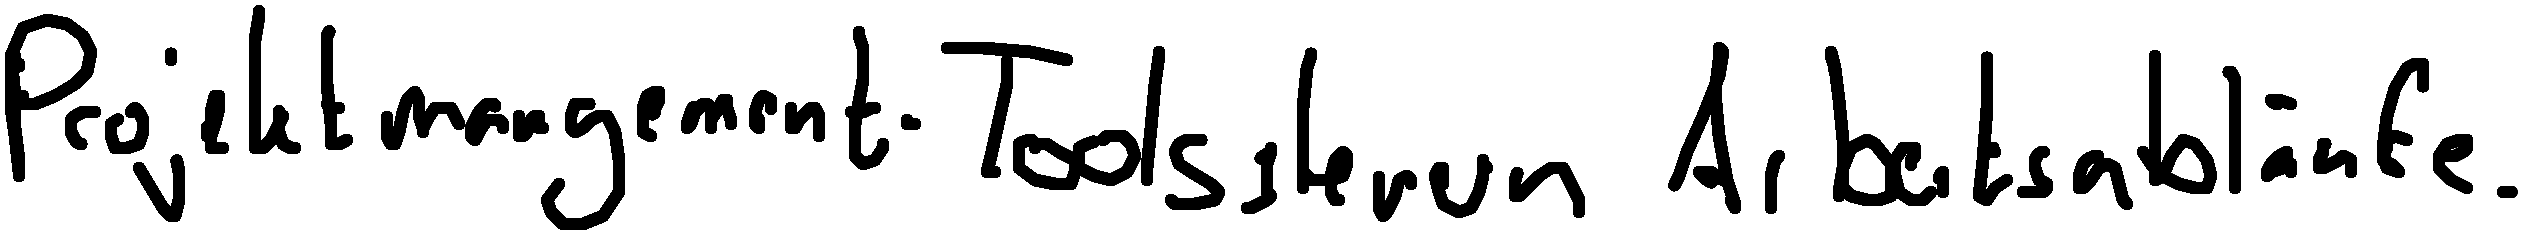
Projektmanagement-Tools steuern Arbeitsabläufe.